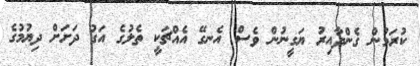
ކުރަމުން ގެންދާއިރު ޔަގީނުން ވެސް އެނގޭ އެއްޗަކީ ތެލުގެ އަގު ދަށަށް ދިޔުމުގެ